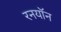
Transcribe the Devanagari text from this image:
रनयॉन